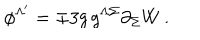
LaTeX: \phi ^ { \Lambda ^ { \prime } } = \mp 3 g \, g ^ { \Lambda \Sigma } \partial _ { \Sigma } W \, .